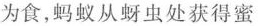
为食，蚂蚁从蚜虫处获得蜜